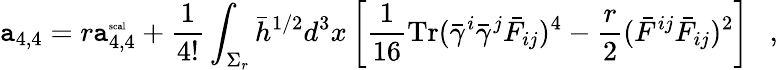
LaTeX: \mathtt{a}_{4,4}=r\mathtt{a}_{4,4}^{\mathrm{{\tiny{sc\mathtt{a}l}}}}+{\frac{{1}}{{4!}}}\int_{\Sigma_{r}}\bar{{h}}^{1/2}d^{3}x\left[{\frac{{1}}{{16}}}\mathrm{{Tr}}(\bar{{\gamma}}^{i}\bar{{\gamma}}^{j}\bar{{F}}_{ij})^{4}-{\frac{{r}}{{2}}}(\bar{{F}}^{ij}\bar{{F}}_{ij})^{2}\right]~~~,